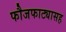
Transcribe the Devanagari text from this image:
फौजफाट्यासह